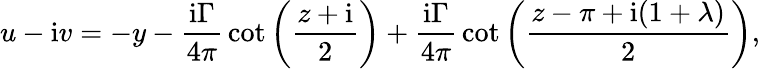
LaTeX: u-\mathrm{i}v=-y-{\frac{\mathrm{i}\Gamma}{4\pi}}\cot\left({\frac{z+\mathrm{i}}{2}}\right)+{\frac{\mathrm{i}\Gamma}{4\pi}}\cot\left({\frac{z-\pi+\mathrm{i}(1+\lambda)}{2}}\right),